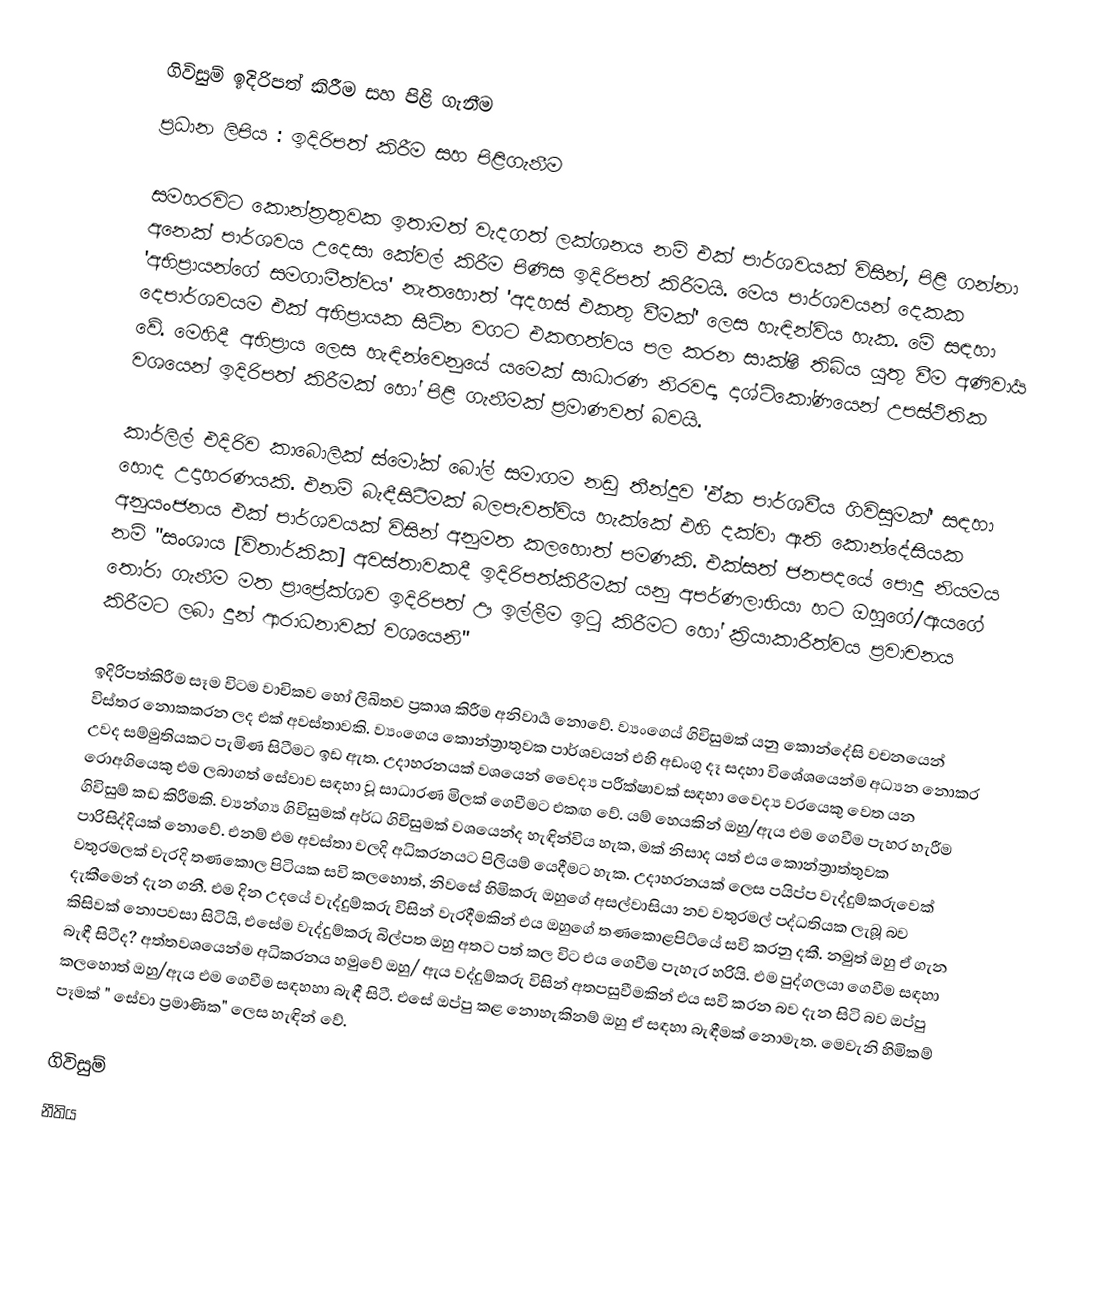
ගිවිසුම් ඉදිරිපත් කිරීම සහ පිළි ගැනීම
ප්‍රධාන ලිපිය : ඉදිරිපත් කිරීම සහ පිළිගැනීම

සමහරවිට කොන්ත්‍රතුවක ඉතාමත් වැදගත් ලක්ශනය නම් එක් පාර්ශවයක් විසින්, පිළි ගන්නා අනෙක් පාර්ශවය උදෙසා කේවල්    කිරීම පිණිස ඉදිරිපත් කිරීමයි. මෙය පාර්ශවයන් දෙකක 'අභිප්‍රායන්ගේ සමගාමීත්වය' නැතහොත් 'අදහස් එකතු වීමක්' ලෙස  හැඳින්විය හැක. මේ සඳහා දෙපාර්ශවයම  එක් අභිප්‍රායක සිටින වගට එකඟත්වය පල කරන සාක්ෂි තිබිය යුතු වීම අණිවාර්‍ය වේ. මෙහිදී අභිප්‍රාය ලෙස හැඳින්වෙනුයේ යමෙක් සාධාරණ නිරවද්‍ය දෘශ්ටිකෝණයෙන්  උපස්ථිතික වශයෙන් ඉදිරිපත් කිරීමක් හෝ පිළි ගැනීමක් ප්‍රමාණවත් බවයි.

කාර්ලිල් එදිරිව කාබොලික් ස්මෝක් බෝල් සමාගම නඩු තීන්දුව 'ඒක පාර්ශවීය ගිවිසුමක්' සඳහා හොද උදාහරණයකි.   එනම් බැඳීසිටීමක් බලපැවත්විය හැක්කේ එහි දක්වා ඇති කොන්දේසියක අනුයංජනය එක් පාර්ශවයක් විසින් අනුමත කලහොත් පමණකි. එක්සත් ජනපදයේ පොදු නියමය නම් "සංශාය [විතාර්කික] අවස්තාවකදී ඉදිරිපත්කිරීමක් යනු අපර්ණලාභියා හට ඔහුගේ/ඇයගේ තෝරා ගැනීම මත   ප්‍රාප්‍රේක්ශව  ඉදිරිපත් ඌ ඉල්ලීම ඉටු කිරීමට හෝ ක්‍රියාකාරීත්වය ප්‍රවාචනය කිරීමට ලබා දුන්    ආරාධනාවක් වශයෙනි"

ඉදිරිපත්කිරීම සෑම විටම වාචිකව හෝ ලිඛිතව ප්‍රකාශ කිරීම අනිවාර්‍ය නොවේ. ව්‍යංගෙ‍ය් ගිවිසුමක් යනු කොන්දේසි වචනයෙන් විස්තර නොකකරන ලද එක් අවස්තාවකි. ව්‍යංගෙ‍ය  කොන්ත්‍රාතුවක පාර්ශවයන් එහි අඩංගු දෑ සදහා විශේශයෙන්ම අධ්‍යන නොකර උවද සම්මුතියකට පැමිණ සිටීමට ඉඩ ඇත. උදාහරනයක් වශයෙන් වෛද්‍ය පරීක්ෂාවක් සඳහා වෛද්‍ය වරයෙකු වෙත යන රොඅගියෙකු එම ලබාගත් සේවාව සඳහා වූ සාධාරණ මිලක් ගෙවීමට එකඟ වේ. යම් හෙයකින් ඔහු/ඇය එම ගෙවීම පැහර හැරීම ගිවිසුම් කඩ කිරීමකි. ව්‍යන්ග්‍ය ගිවිසුමක් අර්ධ ගිවිසුමක් වශයෙන්ද හැඳින්විය හැක, මක් නිසාද යත් එය කොන්ත්‍රාත්තුවක පාරිසිද්දියක් නොවේ. එනම් එම අවස්තා වලදි  අධිකරනයට පිලියම් යෙදීමට හැක.  උදාහරනයක් ලෙස පයිප්ප වැද්දුම්කරුවෙක් වතුරමලක් වැරදි තණකොල පිටියක සවි කලහොත්, නිවසේ හිමිකරු ඔහුගේ අසල්වාසියා නව වතුරමල් පද්ධතියක ලැබූ බව දැකීමෙන් දැන ගනී. එම දින උදයේ වැද්දුම්කරු විසින්  වැරදීමකින් එය ඔහුගේ තණකොළපිට්යේ සවි කරනු දකී.  නමුත් ඔහු ඒ ගැන කිසිවක් නොපවසා සිටියි, එසේම වැද්දුම්කරු බිල්පත ඔහු අතට පත් කල විට එය ගෙවීම පැහැර හරියි. එම පුද්ගලයා  ගෙවීම සඳහා බැඳී සිටීද? අත්තවශයෙන්ම අධිකරනය හමුවේ  ඔහු/ ඇය වද්දුම්කරු විසින් අතපසුවීමකින් එය සවි කරන බව දැන සිටි බව ඔප්පු කලහොත් ඔහු/ඇය එම ගෙවීම සඳහහා බැඳී සිටී. එසේ ඔප්පු කළ නොහැකිනම් ඔහු ඒ සඳහා බැඳීමක් නොමැත. මෙවැනි හිමිකම් පෑමක් " සේවා ප්‍රමාණික" ලෙස හැඳින් වේ.

ගිවිසුම්
නීතිය